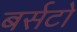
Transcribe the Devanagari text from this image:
बर्सटो